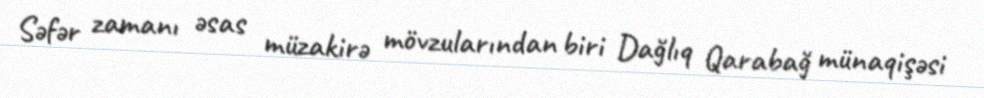
Səfər zamanı əsas müzakirə mövzularından biri Dağlıq Qarabağ münaqişəsi